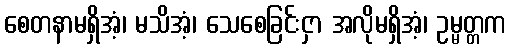
စေတနာမရှိအံ့၊ မသိအံ့၊ သေစေခြင်းငှာ အလိုမရှိအံ့၊ ဥမ္မတ္တက